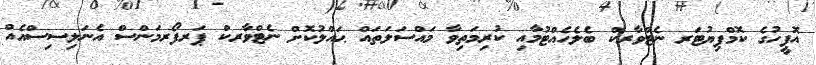
އޮފީހުގެ ކޮމްޕިޔުޓަރ ނެޓްވާރކް ބެލެހެއްޓުމާއި ކުރިމަތިވާ މައްސަލަތައް ޙައްލުކޮށް ނެޓްވާރކް ޕަރފޯރމަންސް އެނަލިސިސްއެއް